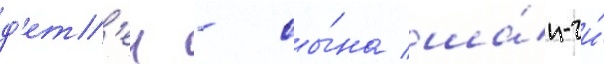
д'ет'еи - сы́на ша́н-чи́